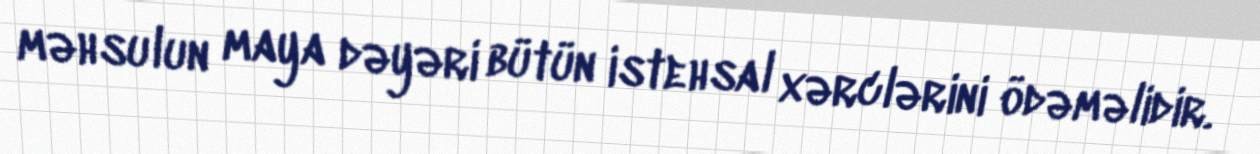
məhsulun maya dəyəri bütün istehsal xərclərini ödəməlidir.